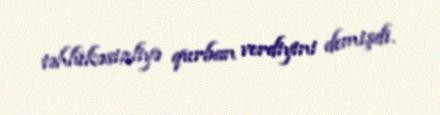
təhlükəsizliyə qurban verdiyini demişdi.